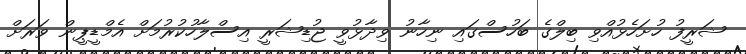
ޝަރީފު ހުށަހެޅުއްވި ބިލްގެ ބަހުސްގައި ނިހާނު ވިދާޅުވީ ޖުޑިޝަރީ އިސްލާހުކުރުމަށް އެމްޑީޕީން ވަރަށް